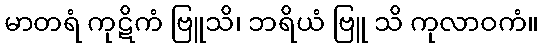
မာတရံ ကုဋိကံ ဗြူသိ၊ ဘရိယံ ဗြူ သိ ကုလာဝကံ။